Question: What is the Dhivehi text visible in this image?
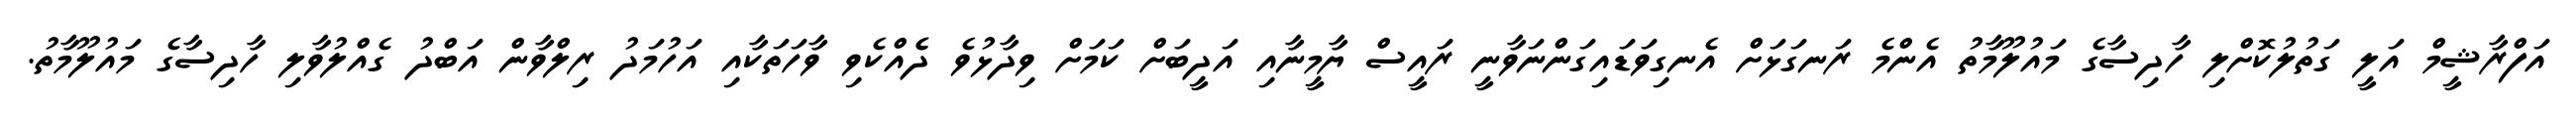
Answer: އަފްރާޝީމް އަލީ ގަތުލުކޮށްލި ހާދިސާގެ މައުލޫމާތު އެންމެ ރަނގަޅަށް އެނގިވަޑައިގަންނަވާނީ ރައީސް ޔާމީނާއި އަދީބަށް ކަމަށް ވިދާޅުވެ ދެެއްކެވި ވާހަތަކާއި އަހުމަދު ރިލްވާން އަބްދު ގެއްލުވާލި ހާދިސާގެ މައުލޫމާތު.